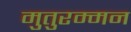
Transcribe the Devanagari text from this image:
मुतुरम्मन